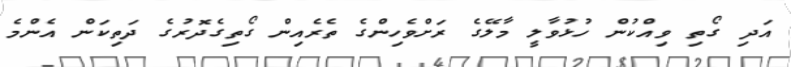
އަދި ގޯތި ވިއްކުން ހުޅުވާލީ މާލޭގެ ރަށްވެހިންގެ ތެރެއިން ގޯތިގެދޮރުގެ ދަތިކަން އެންމެ